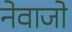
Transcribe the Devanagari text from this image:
नेवाजो